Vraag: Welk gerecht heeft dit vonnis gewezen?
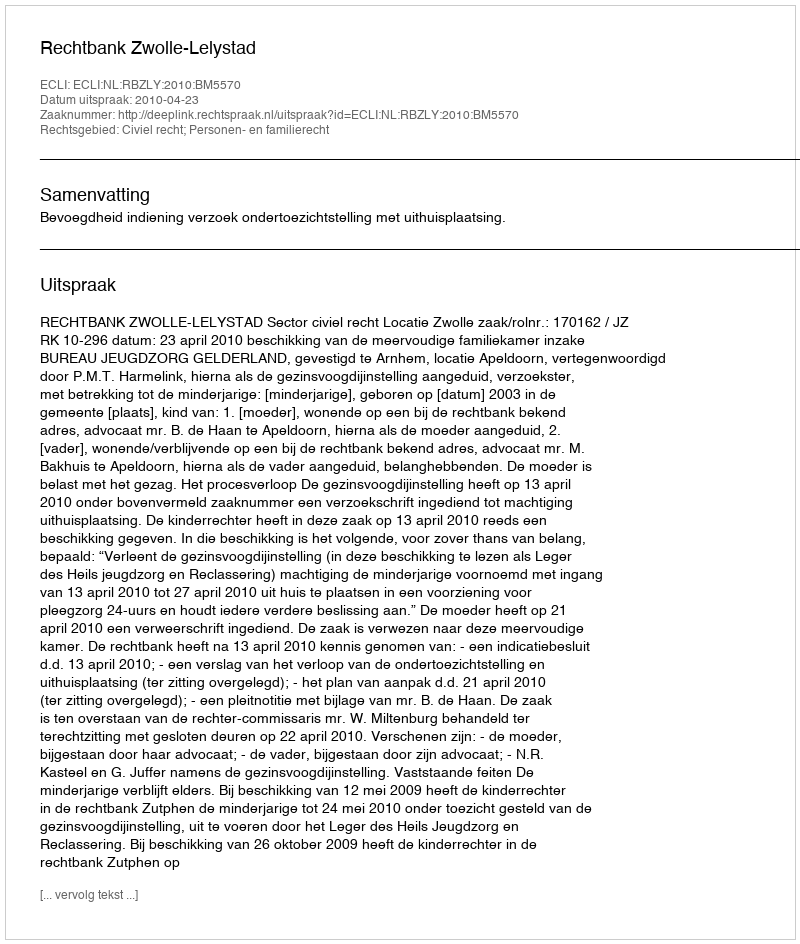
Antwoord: Rechtbank Zwolle-Lelystad